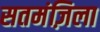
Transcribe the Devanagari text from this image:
सतमंज़िला